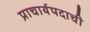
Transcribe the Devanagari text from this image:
प्राचार्यपदाची